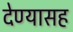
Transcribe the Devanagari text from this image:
देण्‍यासह